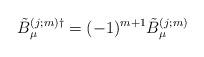
LaTeX: \begin{align*}\tilde{B}_{\mu}^{(j;m) \dag}=(-1)^{m+1}\tilde{B}_{\mu}^{(j;m)}\end{align*}